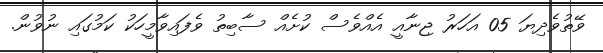
ވޭތުވެދިޔަ 05 އަހަރު ޖިނާއީ އެއްވެސް ކުށެއް ސާބިތު ވެފައިވާމީހަކު ކަމުގައި ނުވުން.